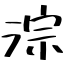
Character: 淙